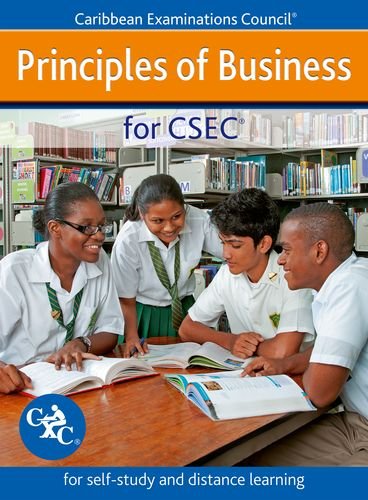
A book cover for Principles of Business for CSEC - for self-study and distance learning; Caribbean Examinations Council; Teen & Young Adult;